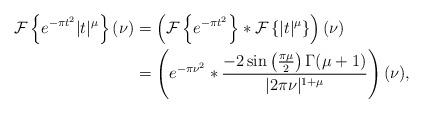
LaTeX: \begin{align*}\mathcal{F}\left\{ e^{-\pi t^2}|t|^\mu \right\}(\nu) &= \left( \mathcal{F}\left\{ e^{-\pi t^2}\right\}\ast\mathcal{F}\left\{|t|^\mu \right\} \right) (\nu) \\&= \left( e^{-\pi \nu^2} \ast \frac{-2\sin\left( \frac{\pi\mu}{2}\right)\Gamma(\mu +1)}{|2\pi\nu|^{1+\mu}} \right) (\nu),\end{align*}